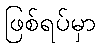
ဖြစ်ရပ်မှာ